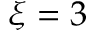
\xi = 3